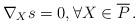
LaTeX: \begin{align*} \nabla_{X}s=0,\forall X\in \overline{P}\, .\end{align*}